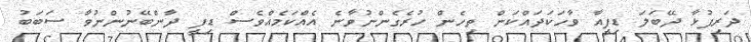
ދަރިފުޅާ ދޭބަލަ ޑިފީއާ ވާހަކަދައްކަން ތިހެން ހުރެގެންނުވާނެ އެއްކަމެއްވެސް ޑިފީ ދާންބޭނުންނުވާ ސަބަބު